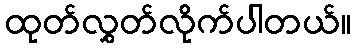
ထုတ်လွှတ်လိုက်ပါတယ်။